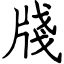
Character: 牋